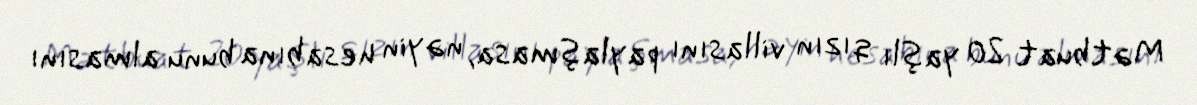
Mətbuat 20 yaşlı qızın villasını paylaşmasa, nəyin hesabına bunu almasını